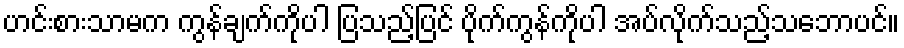
ဟင်းစားသာမက ကွန်ချက်ကိုပါ ပြသည့်ပြင် ပိုက်ကွန်ကိုပါ အပ်လိုက်သည့်သဘောပင်။